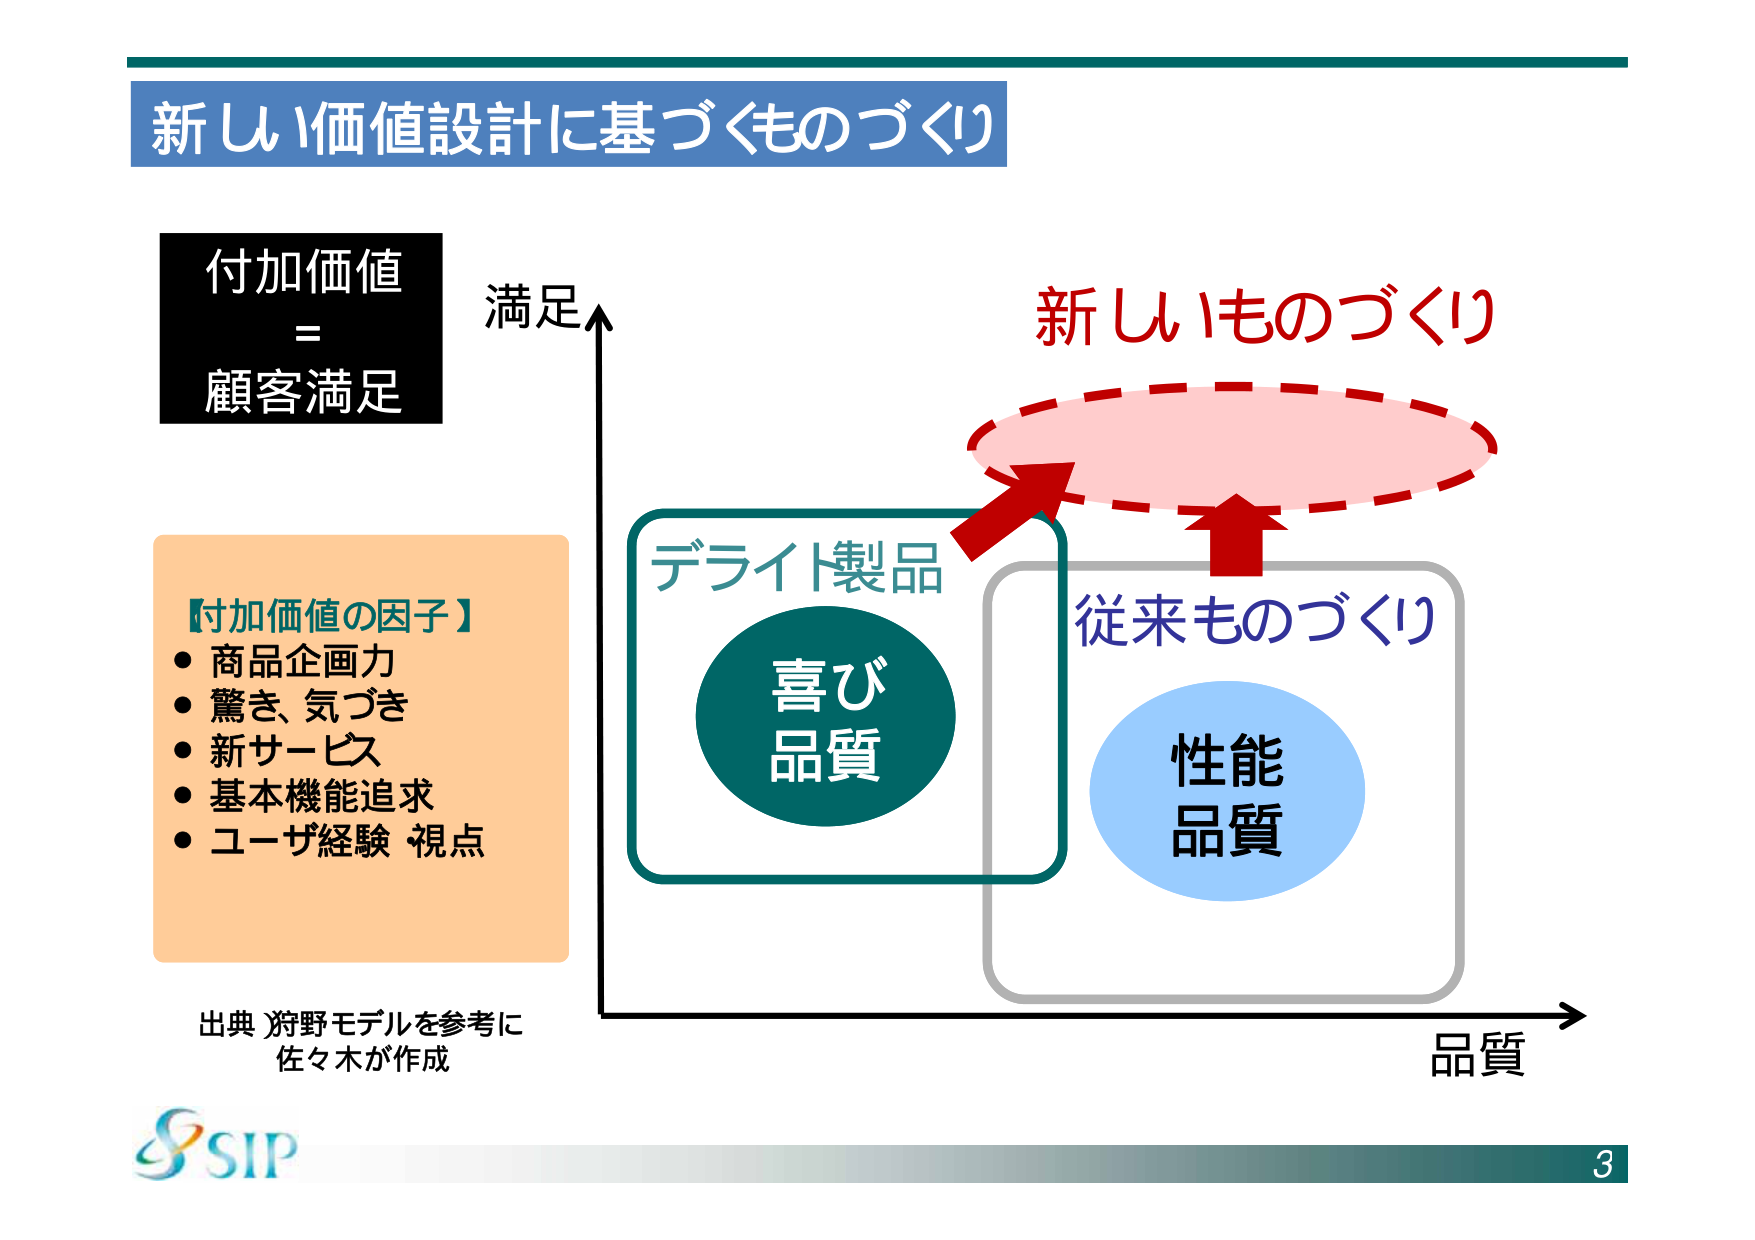
新しい価値設計に基づくものづくり

付加価値
=
顧客満足

満足

新しいものづくり

【付加価値の因子】
・商品企画力
・驚き、気づき
・新サービス
・基本機能追求
・ユーザ経験 視点

出典）狩野モデルを参考に
佐々木が作成

デライト製品
喜び
品質

従来ものづくり
性能
品質

品質

SIP
3